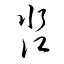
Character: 淼